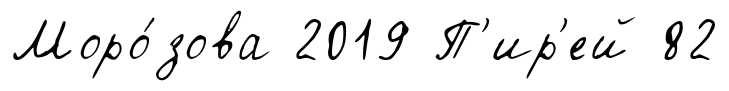
Моро́зова 2019 П'ир'ей 82